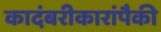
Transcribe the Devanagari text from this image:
कादंबरीकारांपैकी